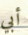
أبي